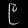
Digit: ၉